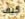
كيف